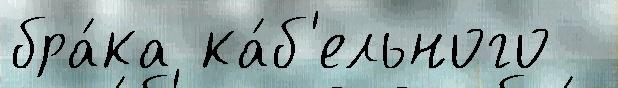
бра́ка ка́б'ельного